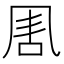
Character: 𠱰